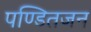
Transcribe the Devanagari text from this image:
पण्डितजन